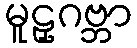
မူဠှဂဗ္ဘာ